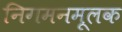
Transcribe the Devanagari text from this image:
निगमनमूलक